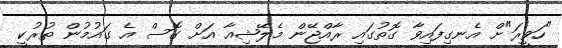
"ހަވީރަ"ށް އެނގިފައިވާ ގޮތުގައި ރާއްޖޭން މެލޭޝިއާ އަށް ގޮސް އެ ގައުމުން ތުރުކީ